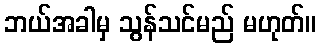
ဘယ်အခါမှ သွန်သင်မည် မဟုတ်။